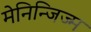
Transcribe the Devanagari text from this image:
मेनिन्जिज्म